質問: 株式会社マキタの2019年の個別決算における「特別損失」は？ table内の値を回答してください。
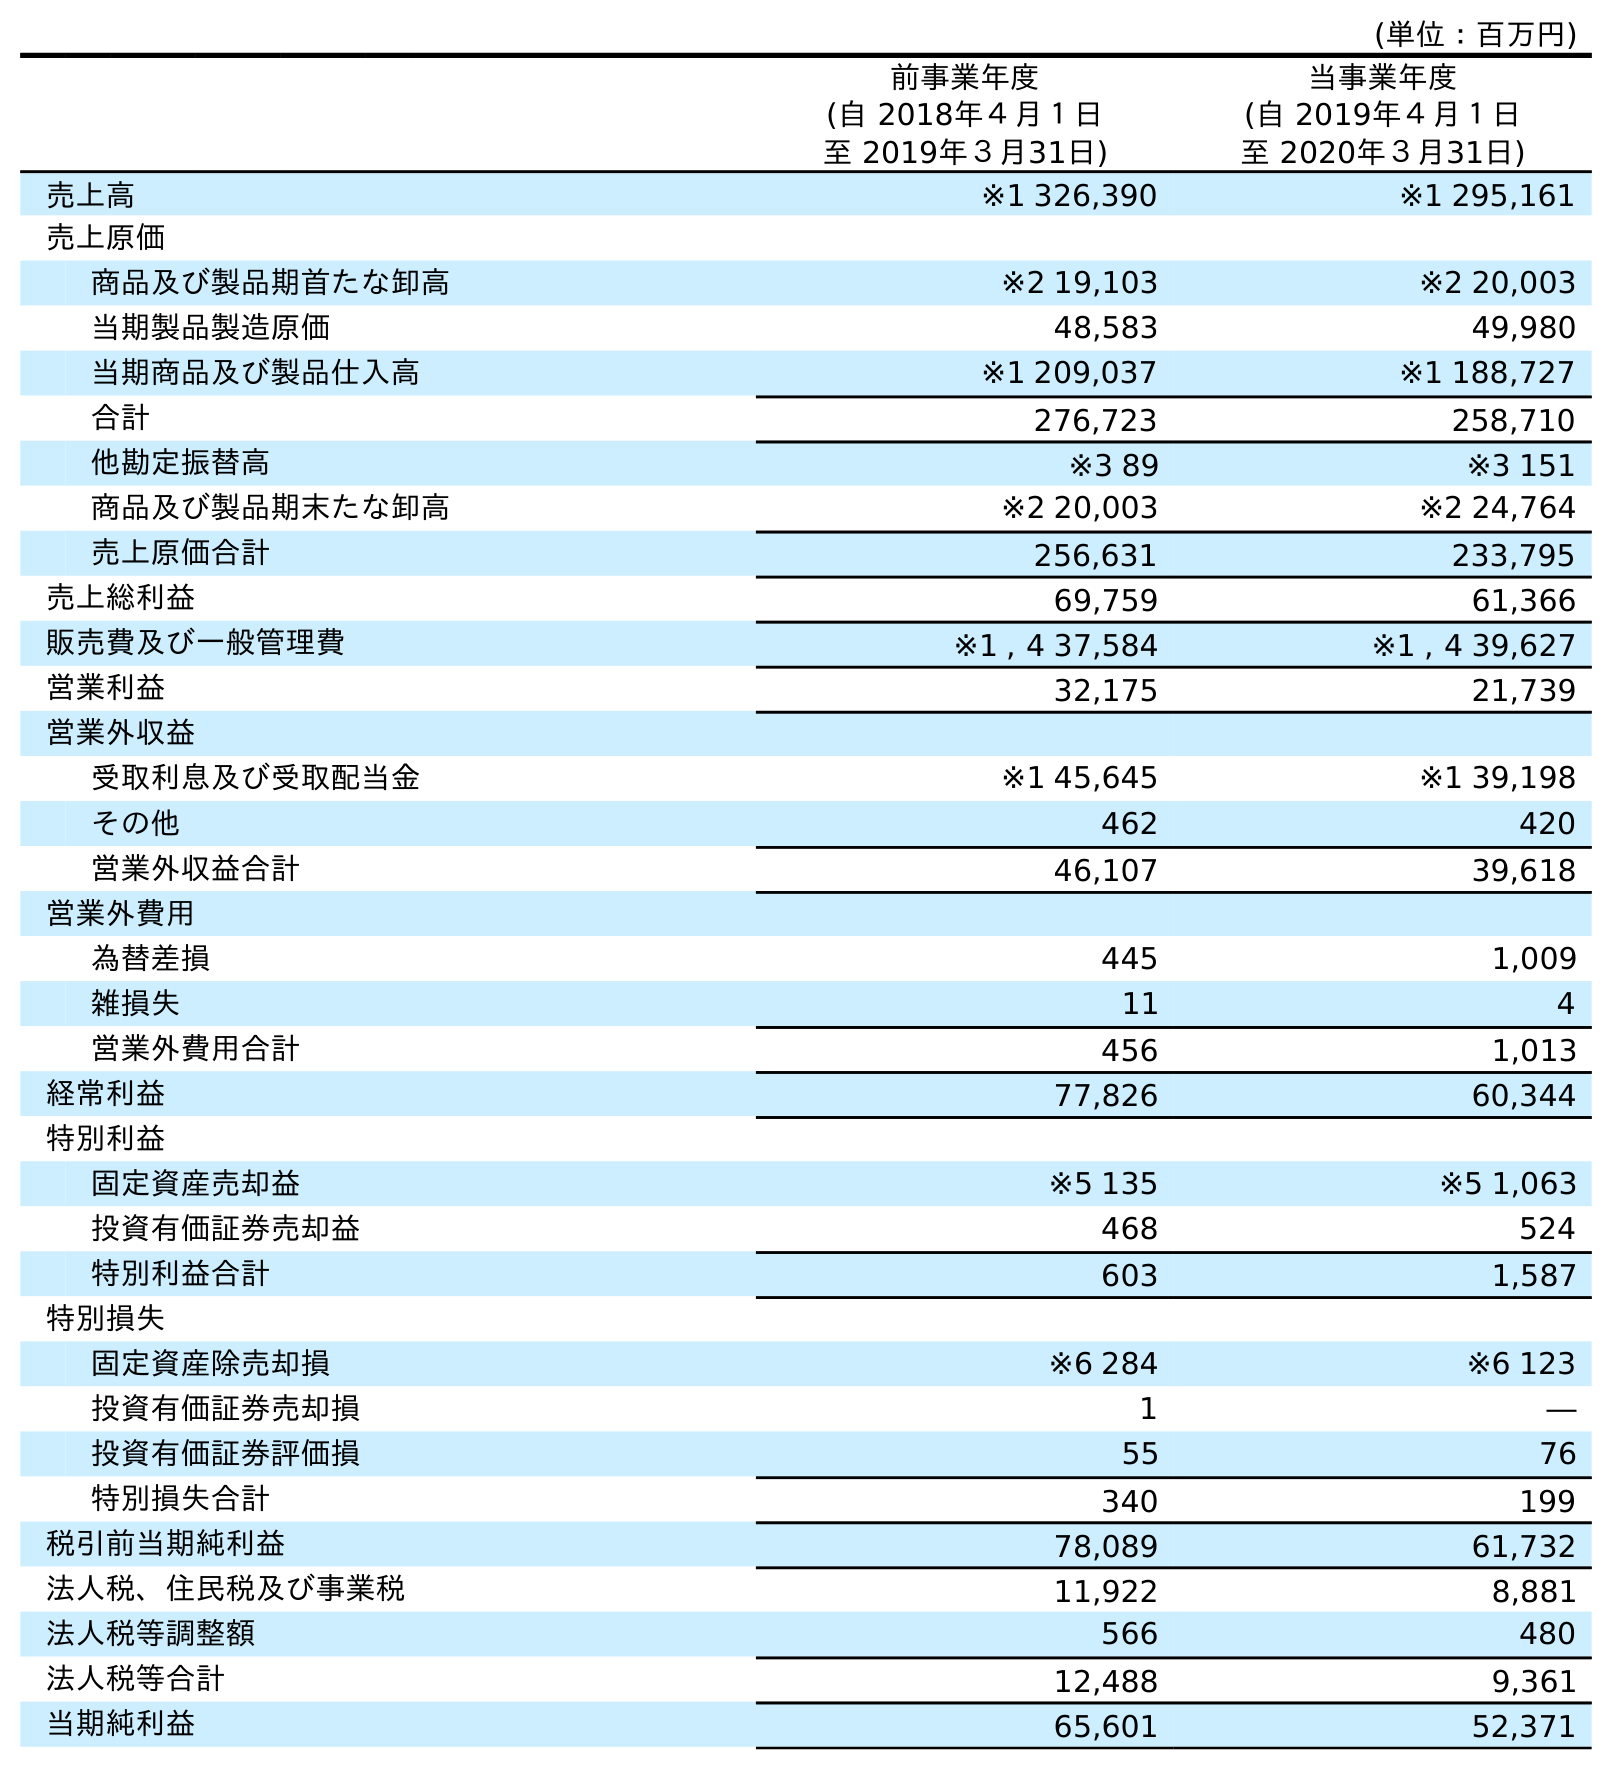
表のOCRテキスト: (単位：百万円) 前事業年度 (自 2018年４月１日 至 2019年３月31日) 当事業年度 (自 2019年４月１日 至 2020年３月31日) 売上高 ※1 326,390 ※1 295,161 売上原価 商品及び製品期首たな卸高 ※2 19,103 ※2 20,003 当期製品製造原価 48,583 49,980 当期商品及び製品仕入高 ※1 209,037 ※1 188,727 合計 276,723 258,710 他勘定振替高 ※3 89 ※3 151 商品及び製品期末たな卸高 ※2 20,003 ※2 24,764 売上原価合計 256,631 233,795 売上総利益 69,759 61,366 販売費及び一般管理費 ※1 , 4 37,584 ※1 , 4 39,627 営業利益 32,175 21,739 営業外収益 受取利息及び受取配当金 ※1 45,645 ※1 39,198 その他 462 420 営業外収益合計 46,107 39,618 営業外費用 為替差損 445 1,009 雑損失 11 4 営業外費用合計 456 1,013 経常利益 77,826 60,344 特別利益 固定資産売却益 ※5 135 ※5 1,063 投資有価証券売却益 468 524 特別利益合計 603 1,587 特別損失 固定資産除売却損 ※6 284 ※6 123 投資有価証券売却損 1 ― 投資有価証券評価損 55 76 特別損失合計 340 199 税引前当期純利益 78,089 61,732 法人税、住民税及び事業税 11,922 8,881 法人税等調整額 566 480 法人税等合計 12,488 9,361 当期純利益 65,601 52,371
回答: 340